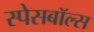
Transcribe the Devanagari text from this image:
स्पेसबॉल्स